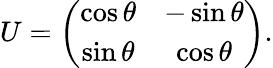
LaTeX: U=\left(\begin{array}{cc}{{\cos\theta}}&{{-\sin\theta}}\\ {{\sin\theta}}&{{\cos\theta}}\end{array}\right).